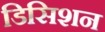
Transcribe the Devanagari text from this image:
डिसिशन